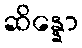
ဆိန္နော